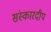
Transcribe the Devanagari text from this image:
संस्कारदीप